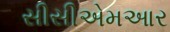
સીસીએમઆર